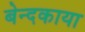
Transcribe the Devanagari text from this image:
बेन्दकाया